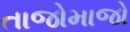
તાજોમાજો